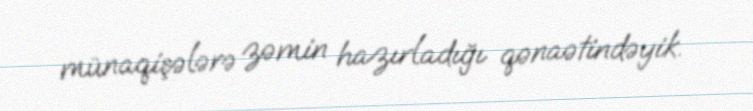
münaqişələrə zəmin hazırladığı qənaətindəyik.